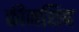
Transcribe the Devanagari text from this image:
कीनशिप